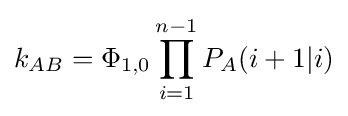
k_{AB}=\Phi _{1,0}\prod _{i=1}^{n-1}P_{A}(i+1|i)